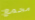
مجمع